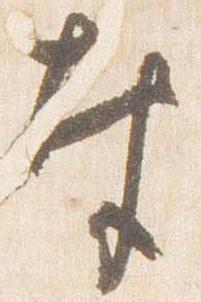
奉